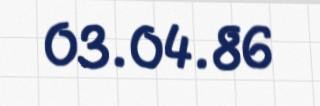
03.04.86